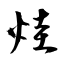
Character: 烓